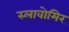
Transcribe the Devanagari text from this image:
स्लावोमिर